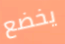
يخضع